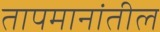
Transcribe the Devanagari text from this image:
तापमानांतील